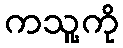
ကသူ့ကို